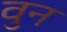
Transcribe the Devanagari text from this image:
वुन